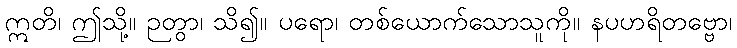
ဣတိ၊ ဤသို့။ ဉတွာ၊ သိ၍။ ပရော၊ တစ်ယောက်သောသူကို။ နပဟရိတဗ္ဗော၊